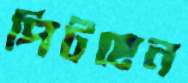
পিটছেন